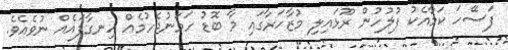
ފަސޭހަ ކަމާއެކު ފުލުުހުން ރޫޅައިލި މުޒާހަރާގައި މާ ބޮޑު ހަމަނުޖެހުމެއް ހިނގާފައެއް ނުވެއެވެ.